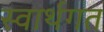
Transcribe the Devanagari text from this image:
स्वार्थगत